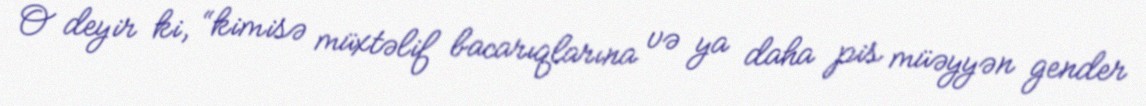
O deyir ki, “kimisə müxtəlif bacarıqlarına və ya daha pis müəyyən gender